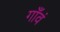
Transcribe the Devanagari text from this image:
गाँवं